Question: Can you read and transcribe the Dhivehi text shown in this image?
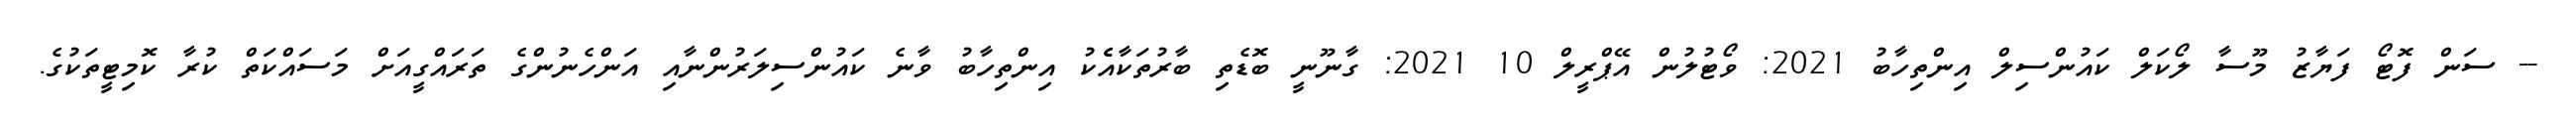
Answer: -- ސަން ފޮޓޯ ފަޔާޒު މޫސާ ލޯކަލް ކައުންސިލް އިންތިހާބު 2021: ވޯޓުލުން އޭޕްރީލް 10 2021: ގާނޫނީ ބޮޑެތި ބާރުތަކާއެެކު އިންތިހާބު ވާނެ ކައުންސިލަރުންނާއި އަންހެނުންގެ ތަރައްގީއަށް މަސައްކަތް ކުރާ ކޮމިޓީތަކުގެ.